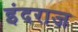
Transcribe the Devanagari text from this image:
इंदराज